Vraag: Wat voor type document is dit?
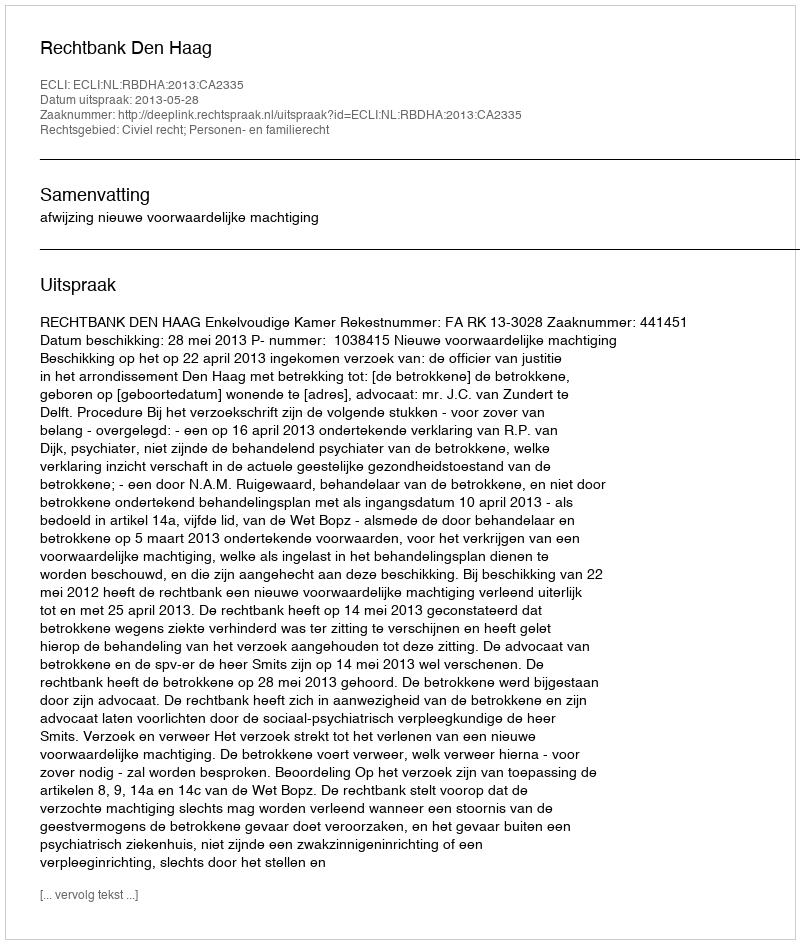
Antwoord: Uitspraak